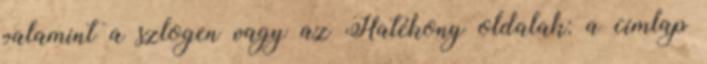
valamint a szlogen vagy az Hatékony oldalak: a címlap